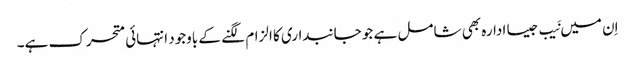
اِن میں نَیب جیسا ادارہ بھی شامل ہے جو جانبداری کا الزام لگنے کے باوجود انتہائی متحرک ہے۔